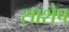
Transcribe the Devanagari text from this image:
साशेष